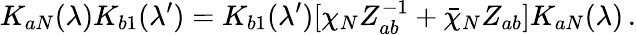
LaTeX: K_{aN}(\lambda)K_{b1}(\lambda^{\prime})=K_{b1}(\lambda^{\prime})[\chi_{N}Z_{ab}^{-1}+\bar{\chi}_{N}Z_{ab}]K_{aN}(\lambda)\, .